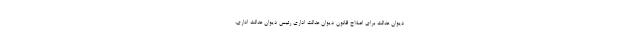
دیوان عدالت برای اصلاح قانون دیوان عدالت اداری رئیس دیوان عدالت اداری،